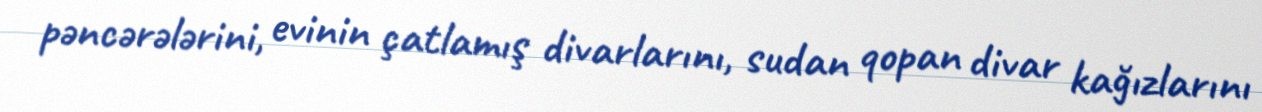
pəncərələrini, evinin çatlamış divarlarını, sudan qopan divar kağızlarını